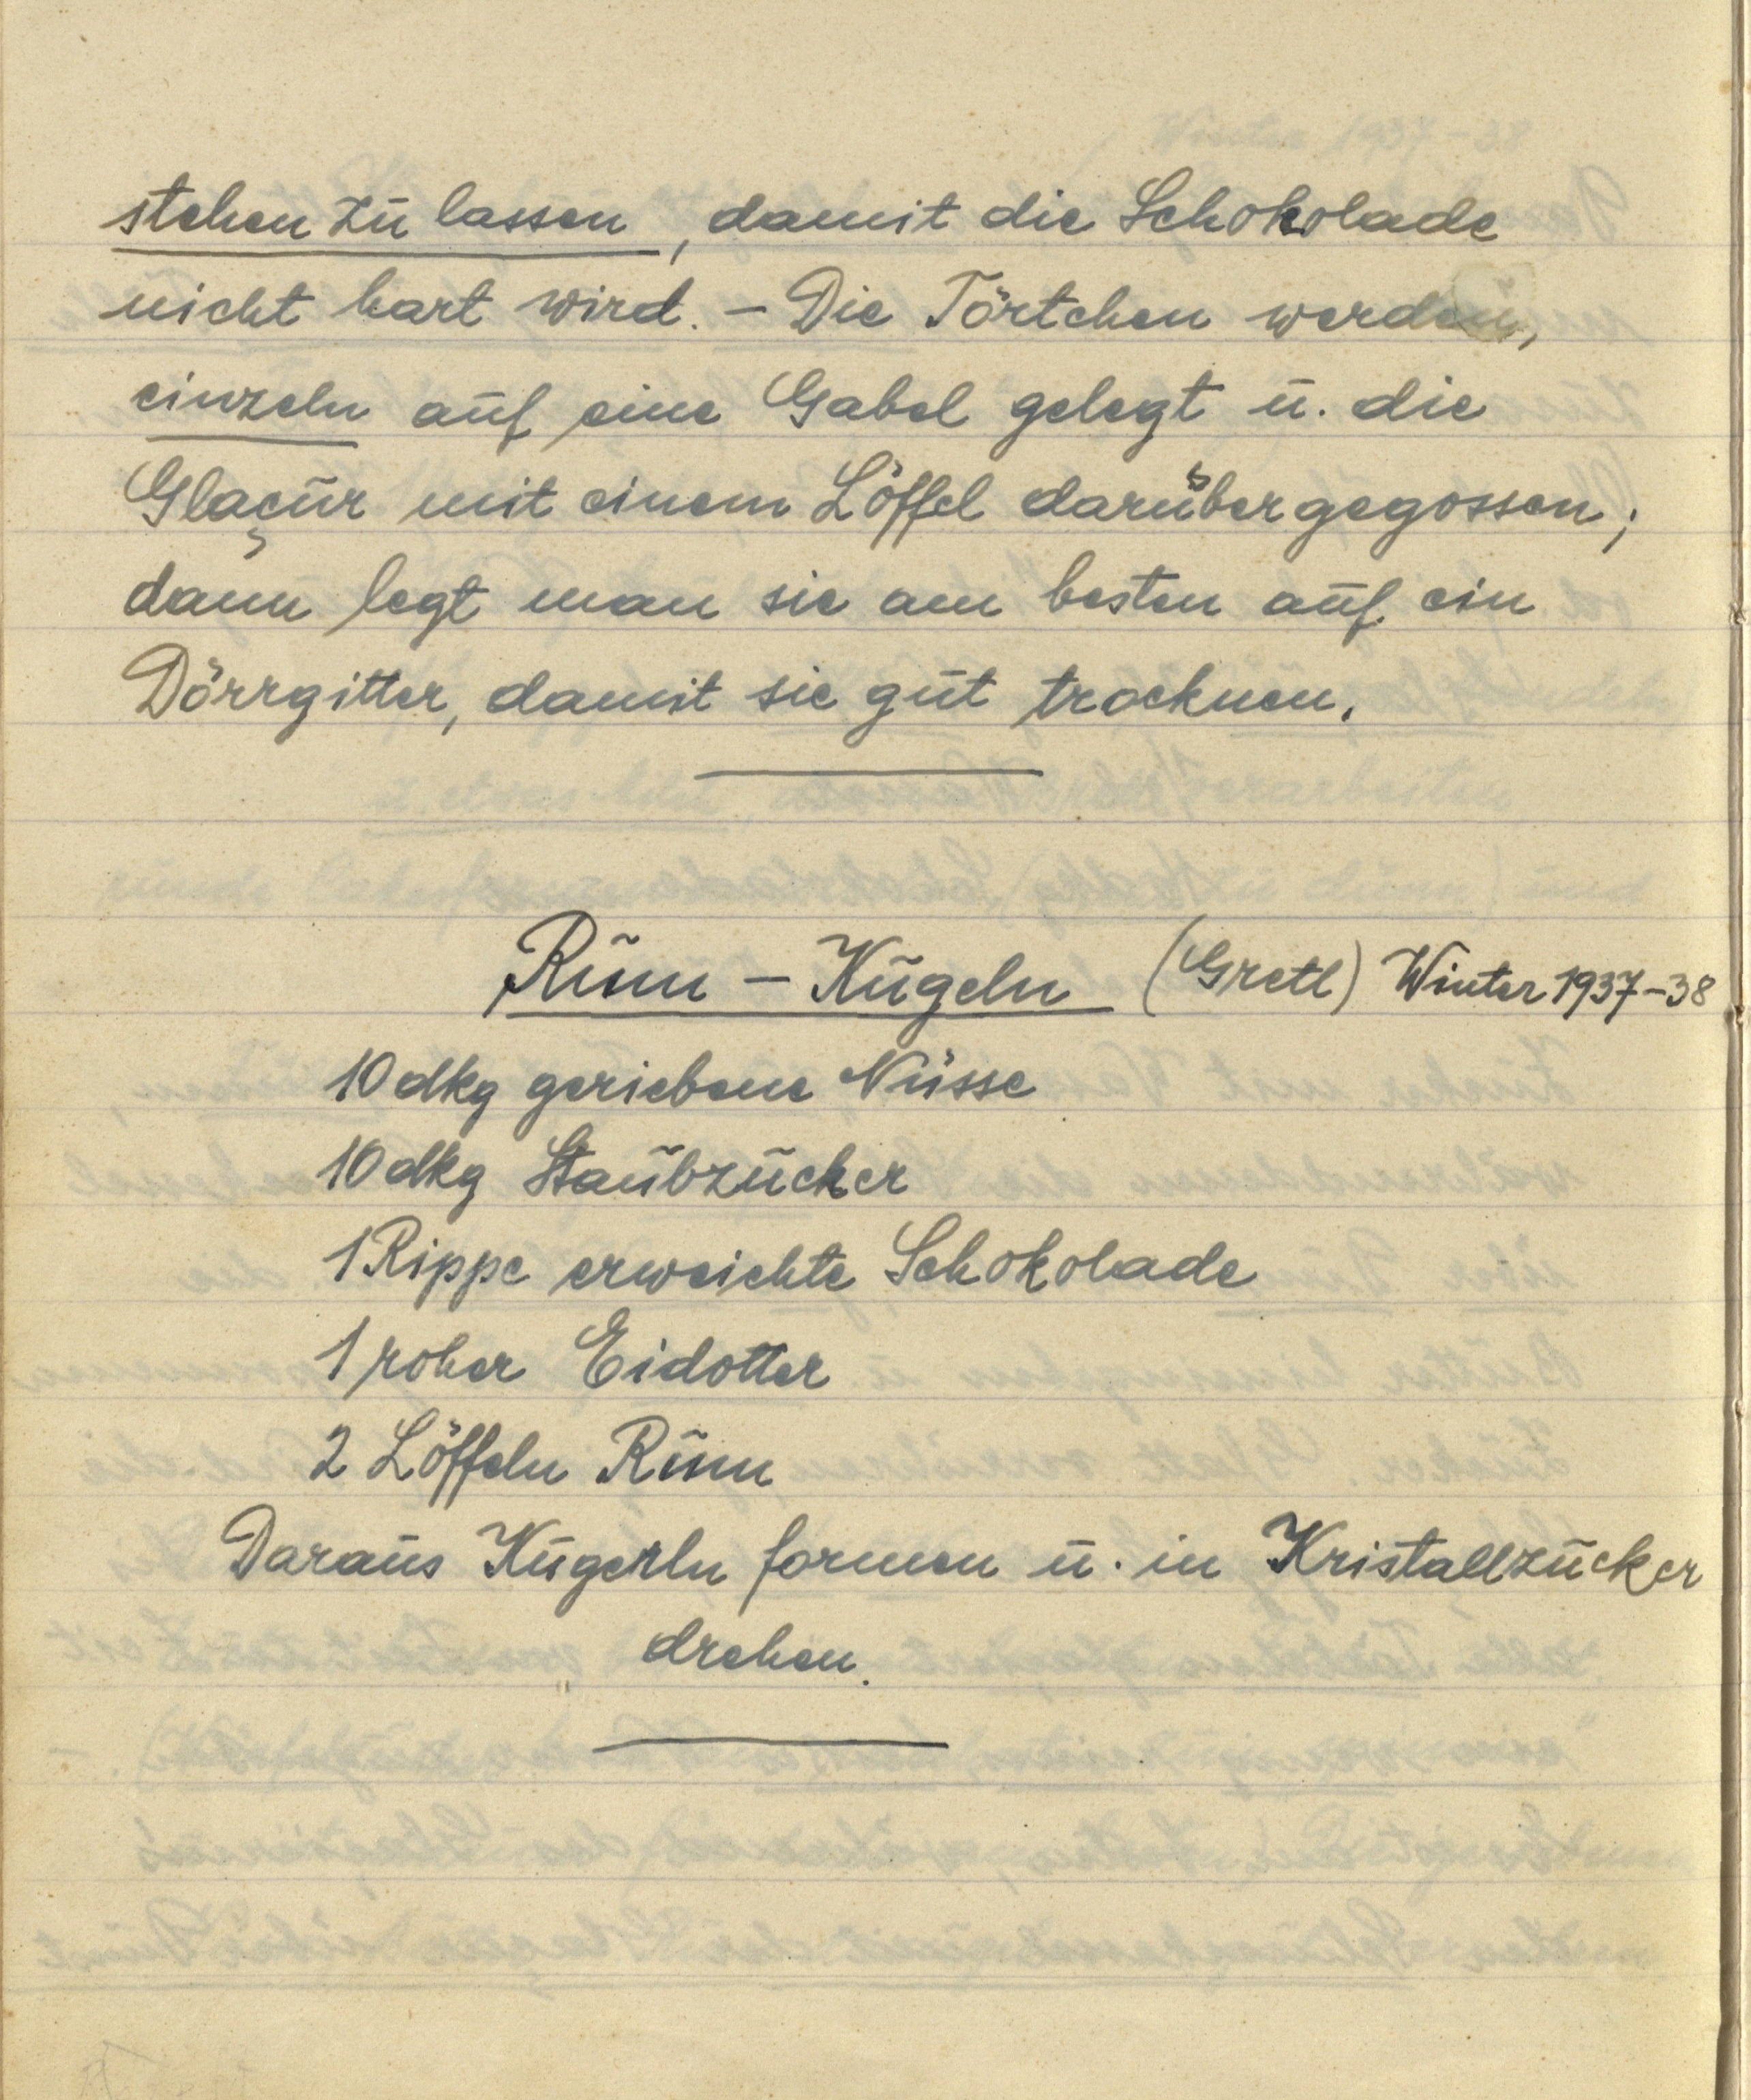
stehen zu lassen, damit die Schokolade
nicht hart wird.— Die Törtchen werden,
einzeln auf eine Gabel gelegt u. die
Glaçur mit einem Löffel darübergegossen;
dann legt man sie am besten auf ein
Dörrgitter, damit sie gut trocknen.

Rum — Kugeln (Gretl) Winter 1937-38
10 dkg geriebene Nüsse
10 dkg Staubzucker
1 Rippe erweichte Schokolade
1 roher Eidotter
2 Löffeln Rum
Daraus Kugerln formen u. in Kristallzucker
drehen.